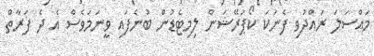
މައްސަލަ ރައްދުވި ފެނަކަ ކޯޕަރޭޝަން ލިމިޓެޑުން ބުނެފައި ވީނަމަވެސް އެ ދެ ފަރާތް